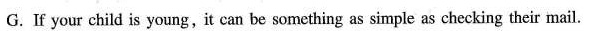
G. If your child is young,it can be something as simple as ehecking their mail.